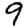
Digit: 9